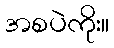
အစပဲကိုး။